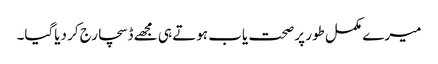
میرے مکمل طور پر صحت یاب ہوتے ہی مجھے ڈسچارج کر دیاگیا۔